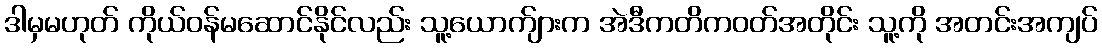
ဒါမှမဟုတ် ကိုယ်ဝန်မဆောင်နိုင်လည်း သူ့ယောက်ျားက အဲဒီကတိကဝတ်အတိုင်း သူ့ကို အတင်းအကျပ်